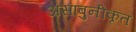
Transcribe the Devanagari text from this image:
असाबुनीकृत